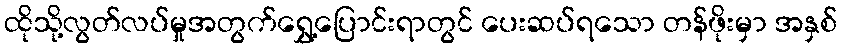
ထိုသို့လွတ်လပ်မှုအတွက်ရွှေ့ပြောင်းရာတွင် ပေးဆပ်ရသော တန်ဖိုးမှာ အနှစ်